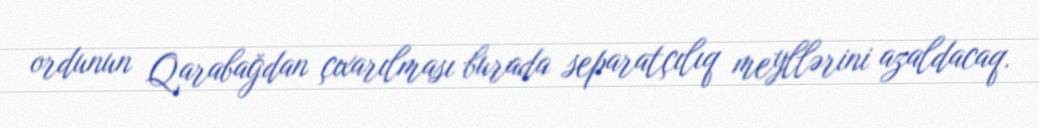
ordunun Qarabağdan çıxarılması burada separatçılıq meyllərini azaldacaq.